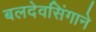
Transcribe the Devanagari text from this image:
बलदेवसिंगाने